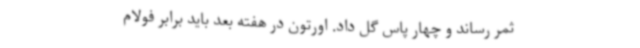
ثمر رساند و چهار پاس گل داد. اورتون در هفته بعد باید برابر فولام